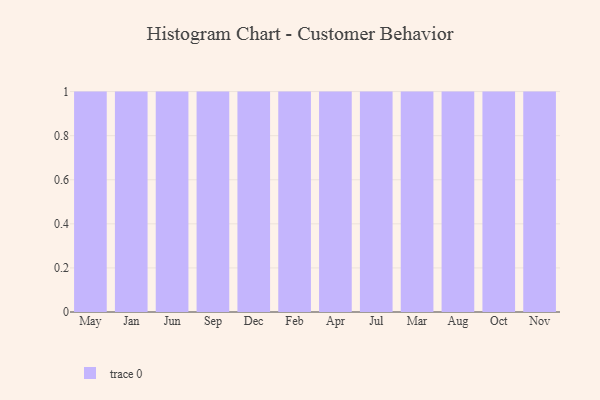
{"axis": {"x": "Month", "y": "Demand Index"}, "legend": [""], "data": [{"x": "May", "y": 61, "type": ""}, {"x": "Jan", "y": 47, "type": ""}, {"x": "Jun", "y": 76, "type": ""}, {"x": "Sep", "y": 70, "type": ""}, {"x": "Dec", "y": 54, "type": ""}, {"x": "Feb", "y": 26, "type": ""}, {"x": "Apr", "y": 90, "type": ""}, {"x": "Jul", "y": 51, "type": ""}, {"x": "Mar", "y": 41, "type": ""}, {"x": "Aug", "y": 47, "type": ""}, {"x": "Oct", "y": 64, "type": ""}, {"x": "Nov", "y": 41, "type": ""}]}